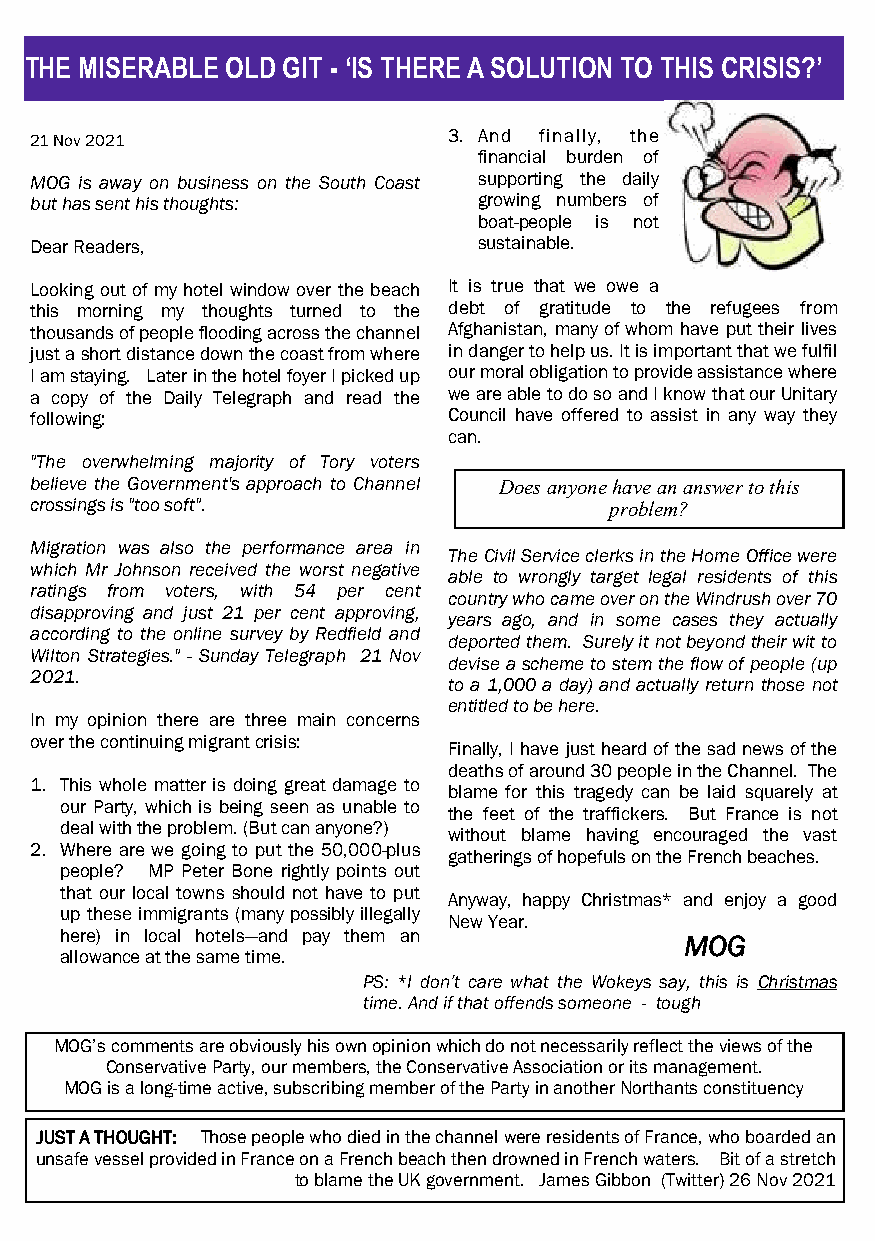
THE MISERABLE OLD GIT - ‘IS THERE A SOLUTION TO THIS CRISIS?’
 21 Nov 2021                 3. And finally, the
 financial burden of
 MOG is away on business on the South Coast supporting the daily
 but has sent his thoughts:    growing numbers of
 boat-people is not
 Dear Readers,                 sustainable.
 Looking out of my hotel window over the beach It is true that we owe a
 this morning my thoughts turned to the debt of gratitude to the refugees from
 thousands of people flooding across the channel Afghanistan, many of whom have put their lives
 just a short distance down the coast from where in danger to help us. It is important that we fulfil
 I am staying. Later in the hotel foyer I picked up our moral obligation to provide assistance where
 a copy of the Daily Telegraph and read the we are able to do so and I know that our Unitary
 following:                  Council have offered to assist in any way they
 can.
 "The overwhelming majority of Tory voters
 believe the Government's approach to Channel Does anyone have an answer to this
 crossings is "too soft".              problem?
 Migration was also the performance area in
 The Civil Service clerks in the Home Office were
 which Mr Johnson received the worst negative
 able to wrongly target legal residents of this
 ratings from voters, with 54 per cent
 country who came over on the Windrush over 70
 disapproving and just 21 per cent approving,
 years ago, and in some cases they actually
 according to the online survey by Redfield and
 deported them. Surely it not beyond their wit to
 Wilton Strategies." - Sunday Telegraph 21 Nov
 devise a scheme to stem the flow of people (up
 2021.
 to a 1,000 a day) and actually return those not
 entitled to be here.
 In my opinion there are three main concerns
 over the continuing migrant crisis:
 Finally, I have just heard of the sad news of the
 deaths of around 30 people in the Channel. The
 1. This whole matter is doing great damage to
 blame for this tragedy can be laid squarely at
 our Party, which is being seen as unable to
 the feet of the traffickers. But France is not
 deal with the problem. (But can anyone?)
 without blame having encouraged the vast
 2. Where are we going to put the 50,000-plus
 gatherings of hopefuls on the French beaches.
 people? MP Peter Bone rightly points out
 that our local towns should not have to put
 Anyway, happy Christmas* and enjoy a good
 up these immigrants (many possibly illegally
 New Year.
 here) in local hotels—and pay them an    MOG
 allowance at the same time.
 PS: *I don’t care what the Wokeys say, this is Christmas
 time. And if that offends someone - tough
 MOG’s comments are obviously his own opinion which do not necessarily reflect the views of the
 Conservative Party, our members, the Conservative Association or its management.
 MOG is a long-time active, subscribing member of the Party in another Northants constituency
 JUST A THOUGHT: Those people who died in the channel were residents of France, who boarded an
 unsafe vessel provided in France on a French beach then drowned in French waters. Bit of a stretch
 to blame the UK government. James Gibbon (Twitter) 26 Nov 2021